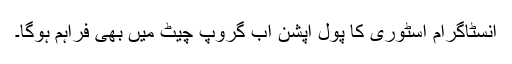
انسٹاگرام اسٹوری کا پول آپشن اب گروپ چیٹ میں بھی فراہم ہوگا۔